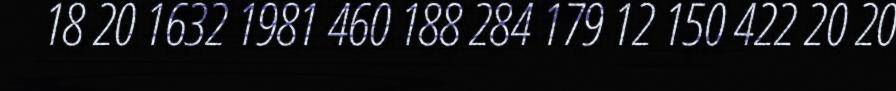
18 20 1632 1981 460 188 284 179 12 150 422 20 20